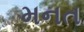
મનત